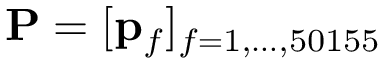
\mathbf { P } = [ \mathbf { p } _ { f } ] _ { f = 1 , \ldots , 5 0 1 5 5 }